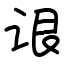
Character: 𬣳